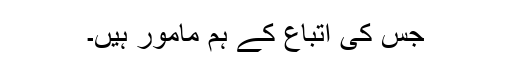
جس کی اتباع کے ہم مامور ہیں۔